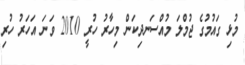
މުޅި ގައުމުގެ ޖުމްލަ މުއްސަނދިކަން މިހާރު ހުރީ 2010 ވަނަ އަހަރު ހުރި